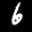
Label: 6